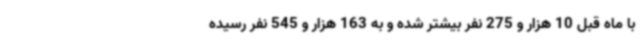
با ماه قبل 10 هزار و 275 نفر بیشتر شده و به 163 هزار و 545 نفر رسیده